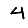
Digit: 4